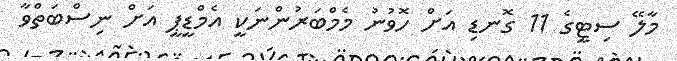
މާލޭ ސިޓީގެ 11 ގޮނޑި އަށް ހޮވުނު މެމްބަރުންނަކީ އެމްޑީޕީ އަށް ނިސްބަތްވާ